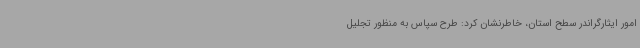
امور ایثارگراندر سطح استان، خاطرنشان کرد: طرح سپاس به منظور تجلیل